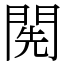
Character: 𨴐